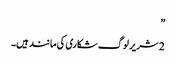
”
2 شریر لوگ شکاری کی مانند ہیں۔